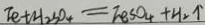
F e + H _ { 2 } S O _ { 4 } = F e S O _ { 4 } + H _ { 2 } \uparrow